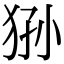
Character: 狲